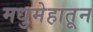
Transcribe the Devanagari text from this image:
मधुमेहातून